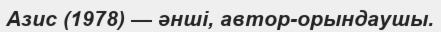
Азис (1978) — әнші, автор-орындаушы.